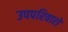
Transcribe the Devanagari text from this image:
उपपरिवारों